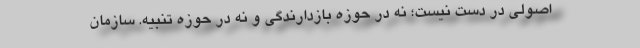
اصولی در دست نیست؛ نه در حوزه بازدارندگی و نه در حوزه تنبیه. سازمان